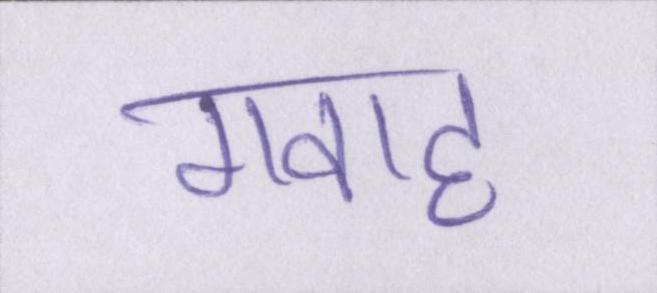
गवाह